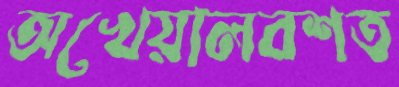
অখেয়ালবশত